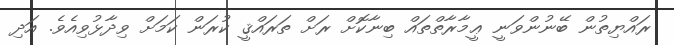
ރައްޔިތުން ބޭނުންވަނީ ޢީމާރާތްތައް ބިނާކޮށް ރަށް ތަރައްޤީ ކުރަން ކަމަށް ވިދާޅުވިއެވެ. އަދި